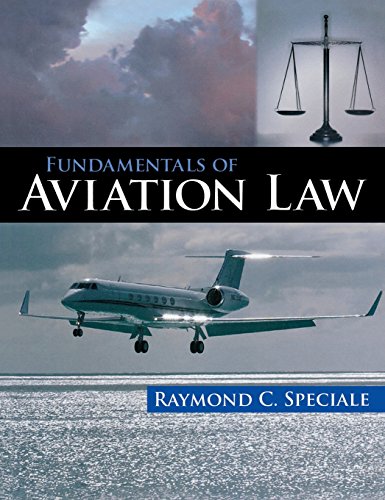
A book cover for Fundamentals of Aviation Law; Raymond Speciale; Law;